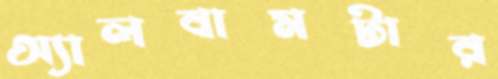
অ্যালবামটার